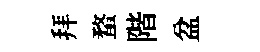
拜蝥階盆